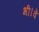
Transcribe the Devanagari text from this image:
भी।वे